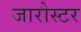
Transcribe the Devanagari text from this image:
जारोस्टर